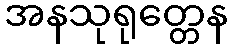
အနသုရုတ္တေန